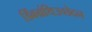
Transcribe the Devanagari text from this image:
डिंबग्रंथिउच्छेदन